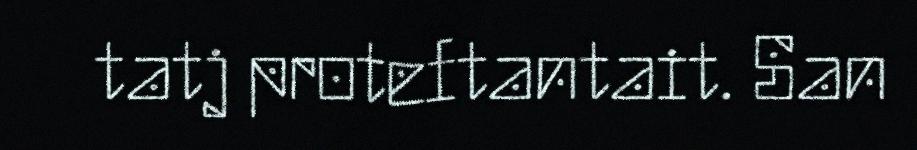
tatj proteftantait. San